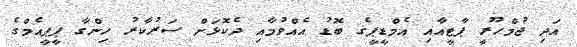
އަދި ޖުމްހޫރީ ޕާޓީއާއި އެމްޑީޕީގެ ބޮޑު އެއްވުމާއި ދެކޮޅަށް ސަރުކާރު ހިންގާ ޕީޕީއެމްގެ